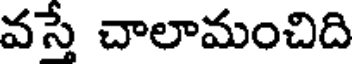
వస్తే చాలామంచిది